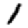
Digit: 1